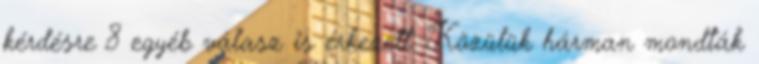
kérdésre 8 egyéb válasz is érkezett. Közülük hárman mondták